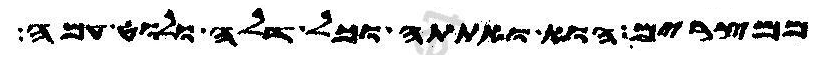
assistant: ממצרים הוא ואתתה וכל דלה ולוט עמה